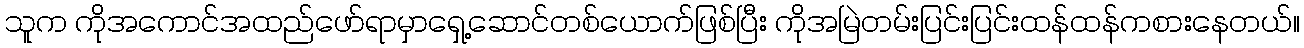
သူက ကိုအကောင်အထည်ဖော်ရာမှာရှေ့ဆောင်တစ်ယောက်ဖြစ်ပြီး ကိုအမြဲတမ်းပြင်းပြင်းထန်ထန်ကစားနေတယ်။